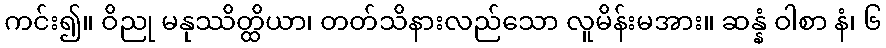
ကင်း၍။ ဝိညု မနုဿိတ္ထိယာ၊ တတ်သိနားလည်သော လူမိန်းမအား။ ဆန္နံ ဝါစာ နံ၊ ၆